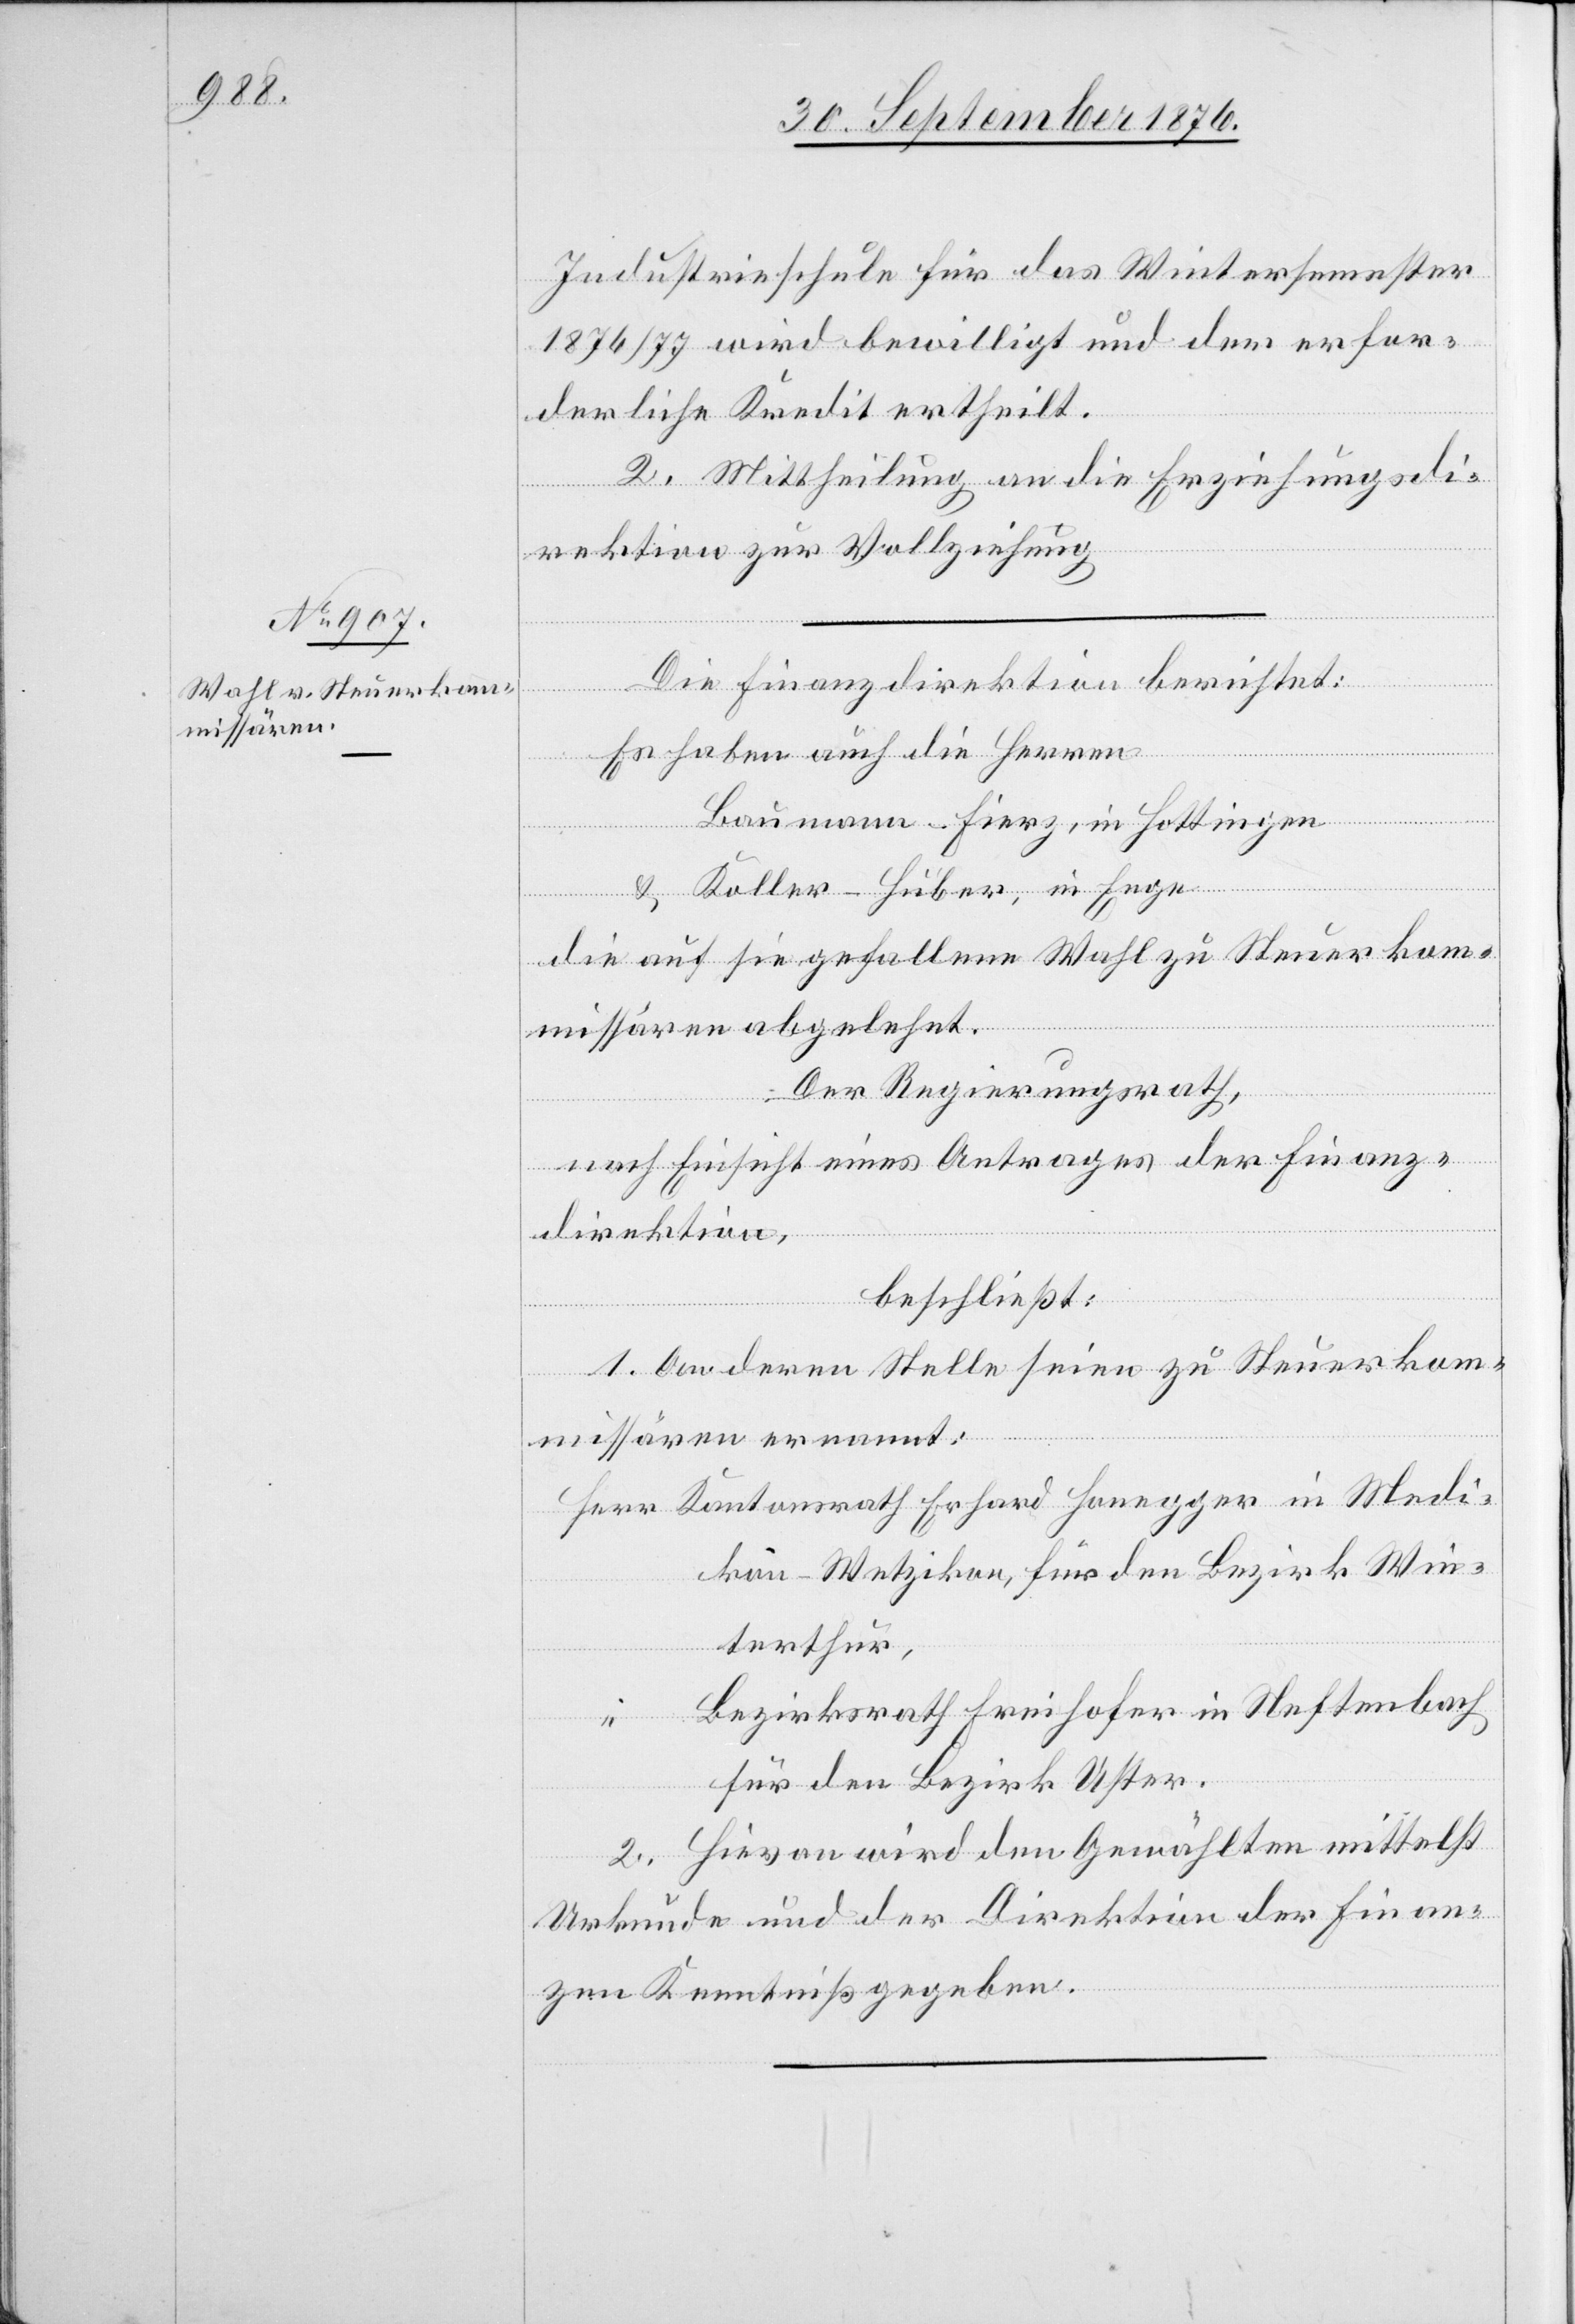
Industrieschule für das Wintersemester
1876/77 wird bewilligt und der erfor¬
derliche Kredit ertheilt.
2. Mittheilung an die Erziehungsdi¬
rektion zur Vollziehung.
Die Finanzdirektion berichtet:
Es haben auch die Herren
Baumann-Fierz, in Hottingen
& Koller-Huber, in Enge
die auf sie gefallene Wahl zu Steuerkom¬
missären abgelehnt.
Der Regierungsrath,
nach Einsicht eines Antrages der Finanz¬
direktion,
beschließt:
1. An deren Stelle seien zu Steuerkom¬
ger in
Medi¬
missären ernannt:
kon - Wetzikon, für den Bezirk Win¬
terthur,
Bezirksrath Freihofer in Neftenbach
für den Bezirksrath Uster.
2. Hievon wird den Gewählten mittelst
Urkunde und der Direktion der Finan¬
zen Kenntniß gegeben.